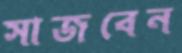
সাজবেন